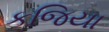
કજિયા